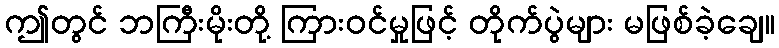
ဤတွင် ဘကြီးမိုးတို့ ကြားဝင်မှုဖြင့် တိုက်ပွဲများ မဖြစ်ခဲ့ချေ။